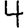
Digit: 4